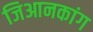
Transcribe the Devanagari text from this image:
जिआनकांग